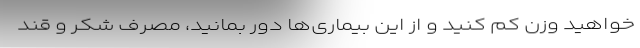
‌خواهید وزن کم کنید و از این بیماری‌ها دور بمانید، مصرف شکر و قند